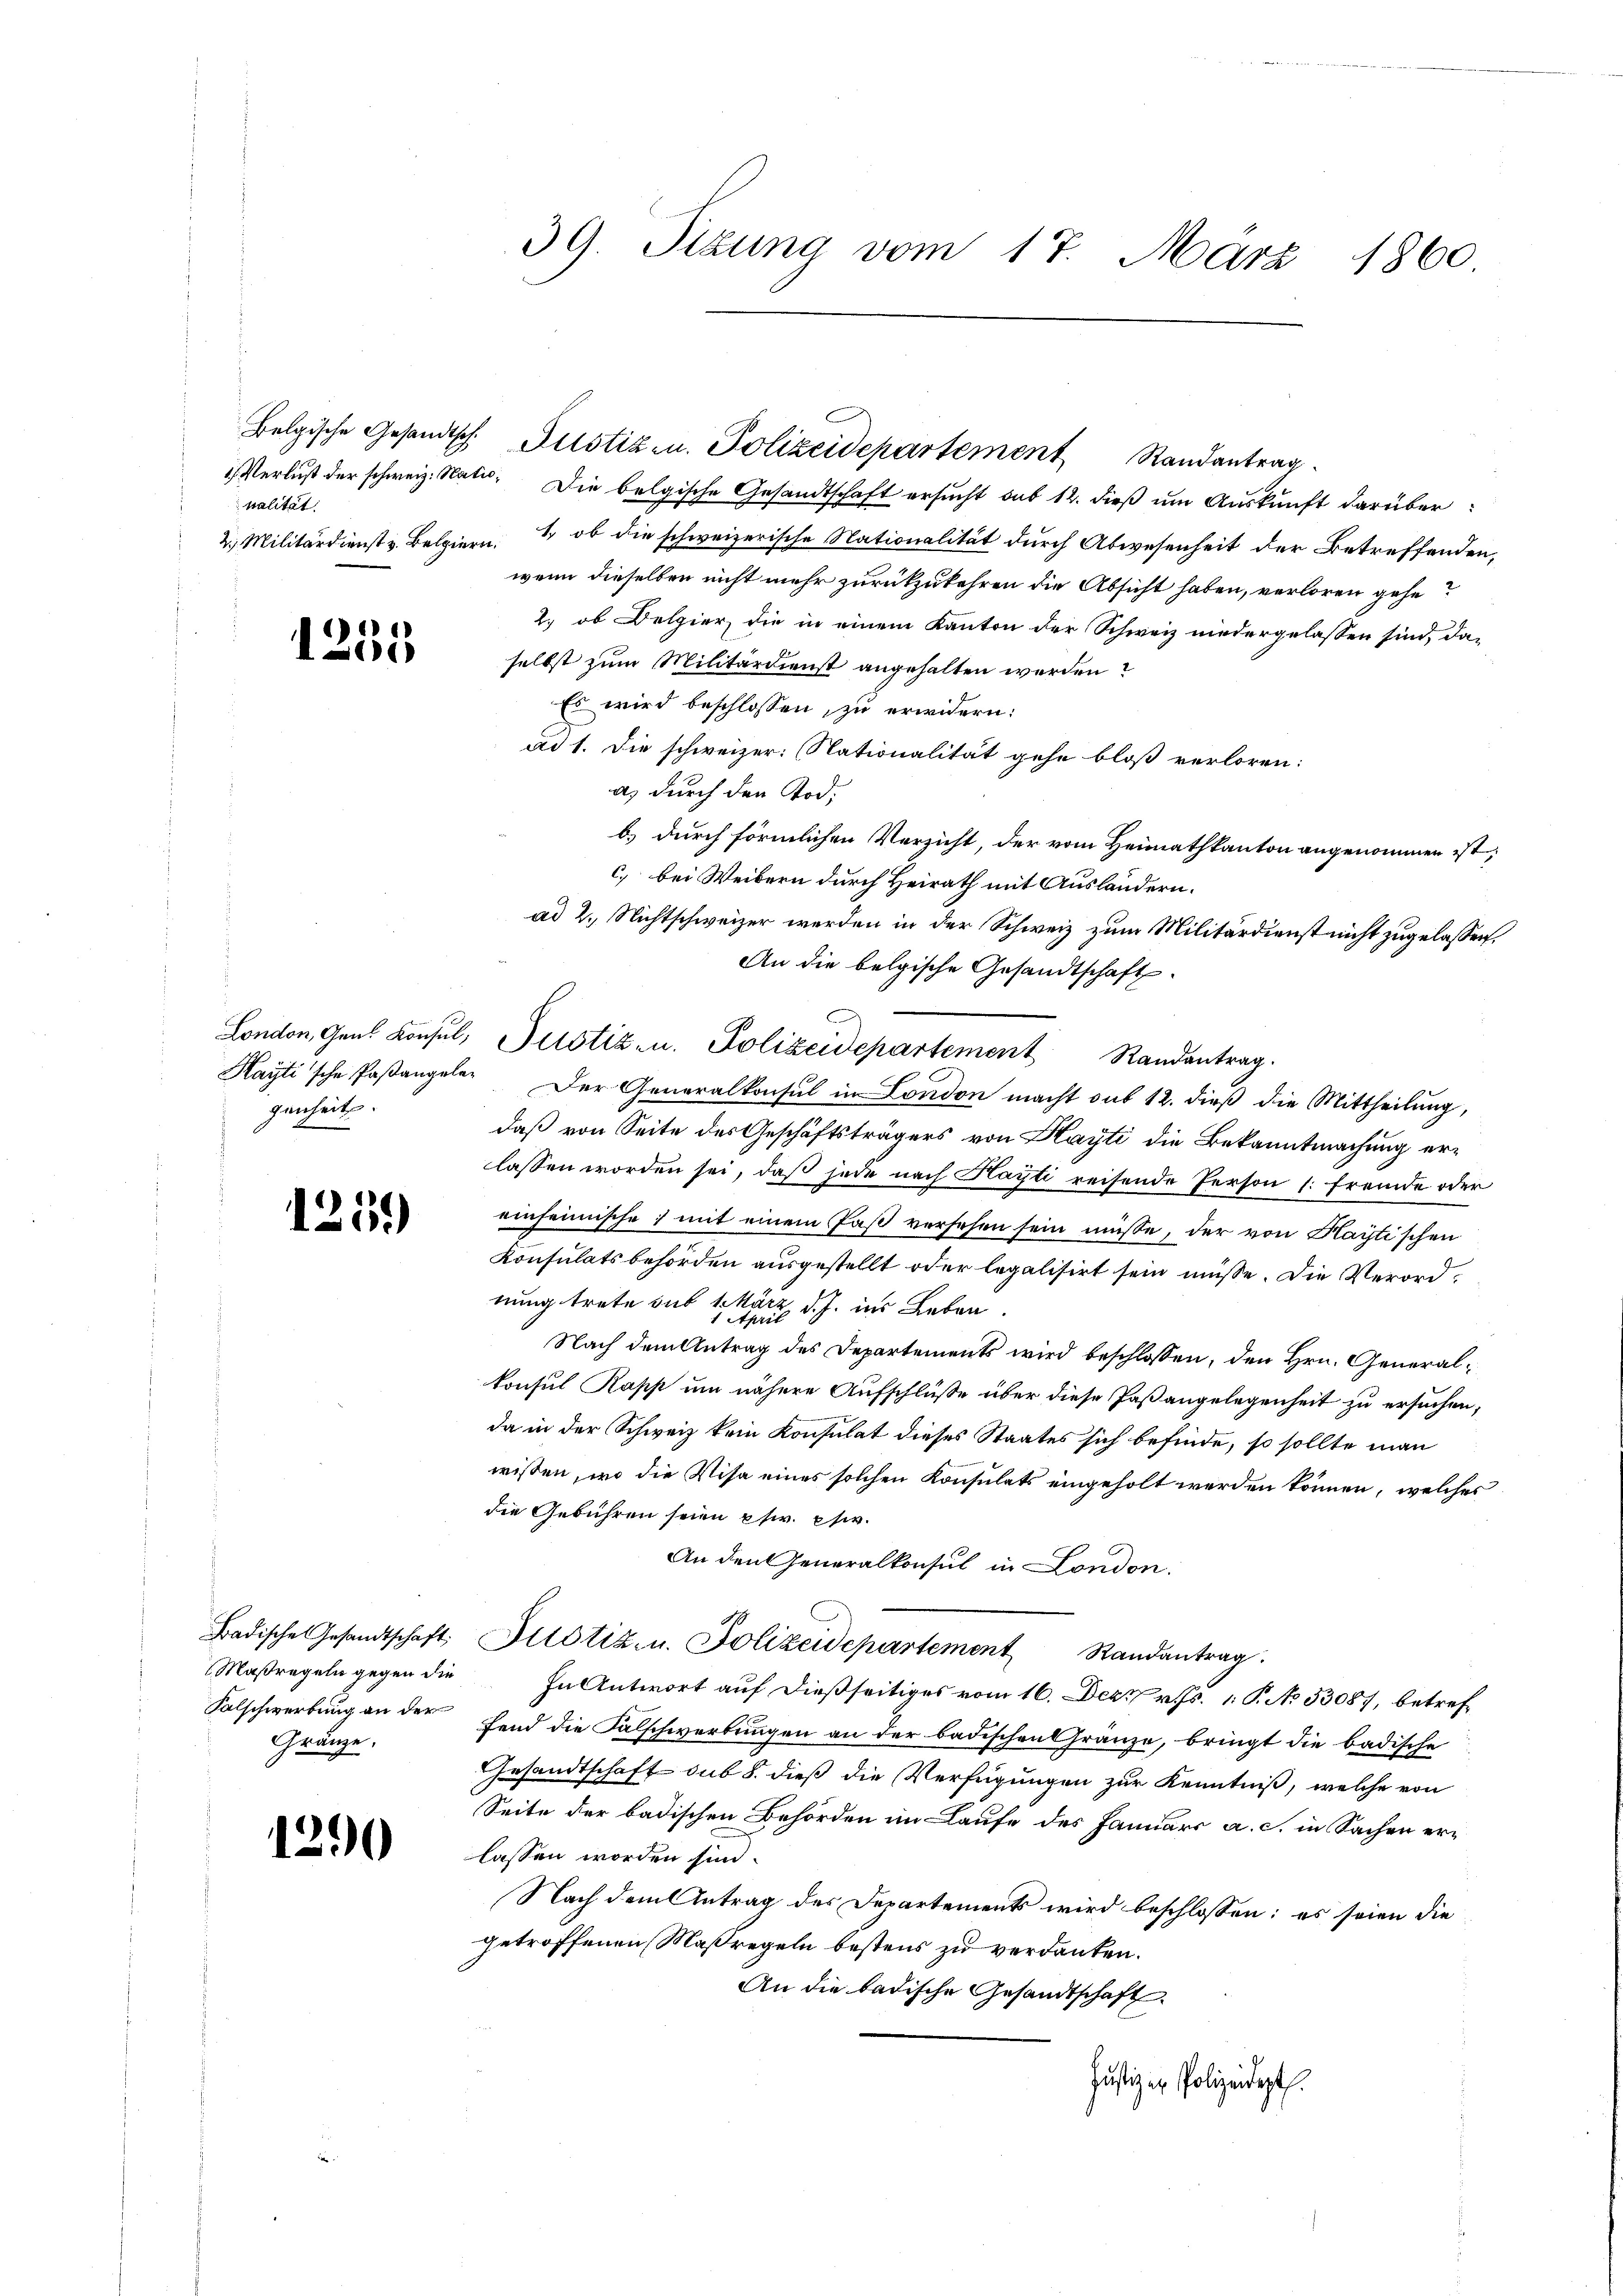
palität:
2 Militärdienst v. Belgiern.

1
0

genheits

1251)

Maßregeln gegen die
Gränze.

1290

39. Sizung vom 17. März 1860

1) Verlust der schweiz. Stat. Die belgische Gesandtschaft ersucht sub 12. dieß um Auskunft darüber
1., ob die schweizerische Nationalität durch Abwesenheit der Betreffenden,
wenn dieselben nicht mehr zurückzukehren die Absicht haben, verloren gehe?
2., ob Delpier die in einem Kanton der Schweiz niedergelassen sind, da-
selbst zum Militärdienst angehalten werden
Es wird beschlossen, zu erwidern:
ad 1. Die schweizer: Nationalität gehe bloß verloren:
a) durch den Tod.
b.) durch förmlichen Verzicht, der vom Heimathkanton angenommen ist;
c) bei Weibern durch Heirath mit Ausländern.
ad 2. Nichtschweizer werden in der Schweiz zum Militärdienst nicht zugelassen.
An die belgische Gesandtschaft.
London, Gant Konsul, Justiz- u. Polizeidepartement Randantrag.
Hayti'sche Paßangele. Der Generalkonsul in London macht aus 12. dieß die Mittheilung,
daß von Seite des Geschäftsträgers von Kayti die Bekanntmachung erlassen worden sei, daß jede nach Hayti reisende Person (: fremde oder
einheimische: mit einem Paß versehen sein müsse, der von Kaytischen
Konsulatsbehörden ausgestellt oder legalisirt sein müsse. Die Verordnung trete sub 1. März d. J. ins Leben
Nach dem Antrag des Departements wird beschlossen, den Hrn. Generalkonsul Kapp um nähere Aufschlüße über diese Paßangelegenheit zu ersuchen,
da in der Schweiz kein Konsulat dieses Staates sich befinde, so sollte man
wissen, wo die Visa eines solchen Konsulats eingeholt werden können, welches
die Gebühren seien pr. eher¬
An den Generalkonsul in London.
Badische Gesandtschaft Plotiz u. Polizeidepartement Randantrag.
In Antwort auf dießseitiges vom 16. Dez. v. J. P. No 33087, betref¬
Falschwerbung an der Hand die Falschwerbungen an der badischen Gränze, bringt die badische
Gesandtschaft sub 8. dieß die Verfügungen zur Kenntniß, welche von
Seite der badischen Behörden im Laufe des Januars a. c. in Sachen erlassen worden sind.
Nach dem Antrag des Departements wird beschlossen: es seien die
getroffenen Maßregeln bestens zu verdanken.
An die badische Gesandtschaft
Justiz er Polizeidept.

Belgische Gesandtsch. Justiz u. Polizeidepartement Randantrag